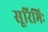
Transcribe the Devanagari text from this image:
सूरिभिः